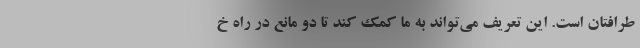
طرافتان است. این تعریف می‌تواند به ما کمک کند تا دو مانع در راه خ